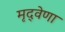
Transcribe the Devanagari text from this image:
मृद्‌वेणा